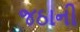
જઠાની